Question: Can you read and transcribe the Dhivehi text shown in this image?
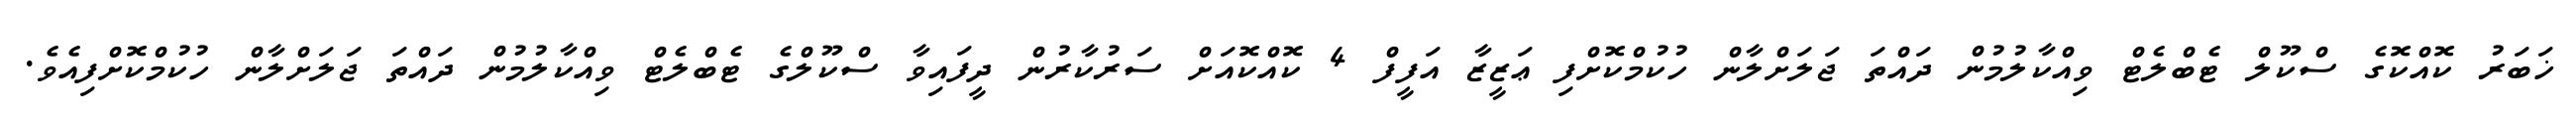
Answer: ޚަބަރު ކޮއްކޮގެ ސްކޫލް ޓެބްލެޓް ވިއްކާލުމުން ދައްތަ ޖަލަށްލާން ހުކުމްކޮށްފި ޢަޒީޒާ އަފީފް 4 ކޮއްކޮއަށް ސަރުކާރުން ދީފައިވާ ސްކޫލްގެ ޓެބްލެޓް ވިއްކާލުމުން ދައްތަ ޖަލަށްލާން ހުކުމްކޮށްފިއެވެ.